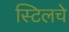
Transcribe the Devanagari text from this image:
स्टिलचे